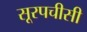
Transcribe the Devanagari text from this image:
सूरपचीसी